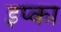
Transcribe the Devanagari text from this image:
इप्का